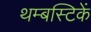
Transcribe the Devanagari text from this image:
थम्बस्टिकें